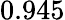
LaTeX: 0.945